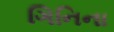
ગિનિના